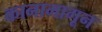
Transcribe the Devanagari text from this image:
कानामागून